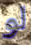
لو